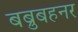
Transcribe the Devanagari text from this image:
बब्रुबहनर